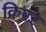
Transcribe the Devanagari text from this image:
क्रिपर